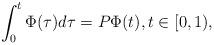
LaTeX: \begin{align*}\int_{0}^{t}\Phi(\tau)d\tau=P\Phi(t), t\in[0,1), \end{align*}